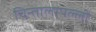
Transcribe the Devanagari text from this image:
चिन्तालापल्ली